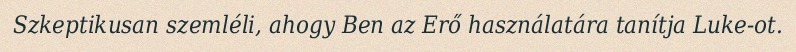
Szkeptikusan szemléli, ahogy Ben az Erő használatára tanítja Luke-ot.